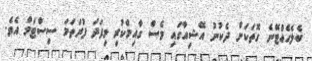
ބެލެހެއްޓޭނެ ގޮތަކަށް ދެކުނު އޭޝިއާގައި ވެސް ގާއިމްކުރި މިފަދަ ފުރަތަމަ ސިސްޓަމް އެވެ.